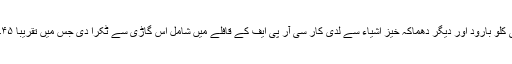
حملہ آور نے کئی کلو بارود اور دیگر دھماکہ خیز اشیاء سے لدی کار سی آر پی ایف کے قافلے میں شامل اس گاڑی سے ٹکرا دی جس میں تقریباً ۴۵؍جوان سوار تھے۔